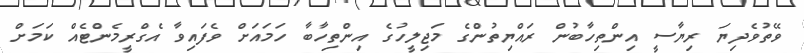
ވޭތުވެދިޔަ ރިޔާސީ އިންތިހާބުން ރައްޔިތުންގެ މަޖިލީހުގެ އިންތިހާބާ ހަމައަށް ވެފައިވާ އެގްރީމެންޓެއް ކަމަށް